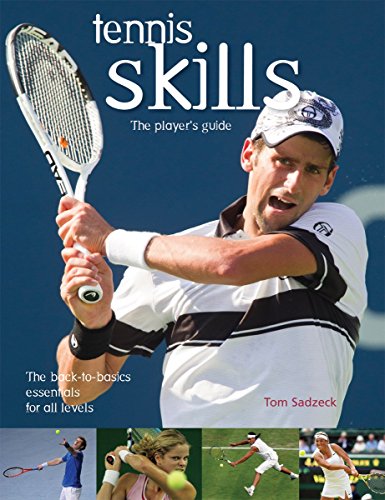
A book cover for Tennis Skills: The Player's Guide; Tom Sadzeck; Sports & Outdoors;